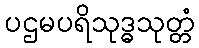
ပဌမပရိသုဒ္ဓသုတ္တံ